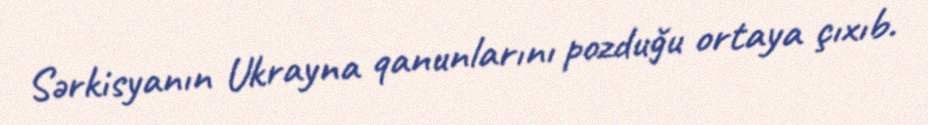
Sərkisyanın Ukrayna qanunlarını pozduğu ortaya çıxıb.